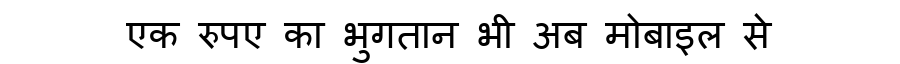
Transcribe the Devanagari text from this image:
एक रुपए का भुगतान भी अब मोबाइल से